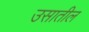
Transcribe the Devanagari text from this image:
उसातील